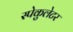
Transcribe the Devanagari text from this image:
स्पेकुलेटर